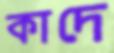
কাদে